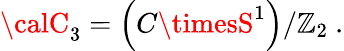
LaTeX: {\calC}_{3}=\left(C\timesS^{1}\right)/\mathbb{Z}_{2}\ .